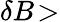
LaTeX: \delta B\! >